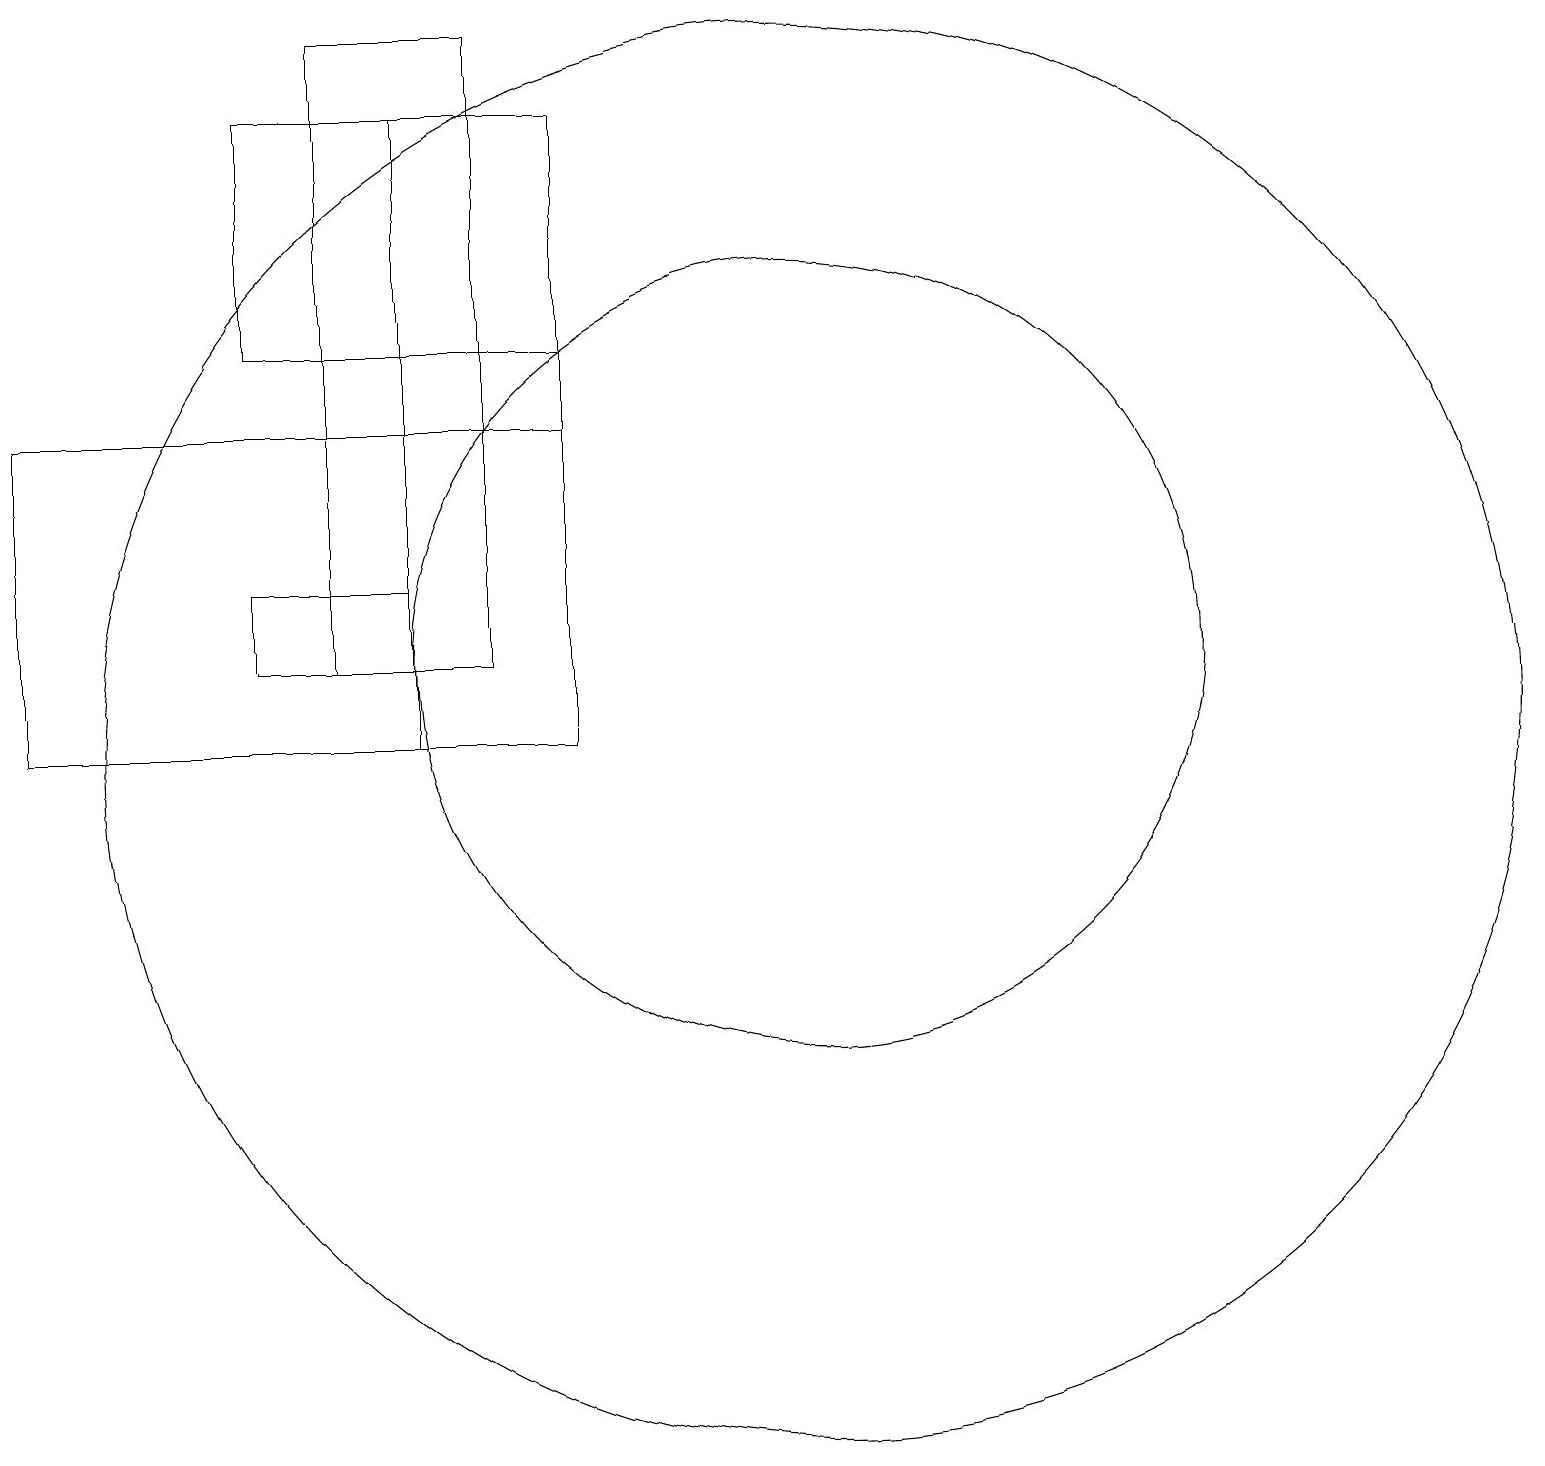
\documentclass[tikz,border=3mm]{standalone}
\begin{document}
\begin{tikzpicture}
\draw (7,18) rectangle (3,15);
\draw (10,10) circle (9);
\draw (6,19) rectangle (4,11);
\draw (3,11) rectangle (5,12);
\draw (7,18) rectangle (5,10);
\draw (0,14) rectangle (7,10);
\draw (10,11) circle (5);
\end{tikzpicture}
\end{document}